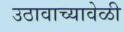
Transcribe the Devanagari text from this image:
उठावाच्यावेळी